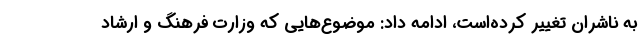
به ناشران تغییر کرده‌است، ادامه داد: موضوع‌هایی که وزارت فرهنگ و ارشاد